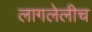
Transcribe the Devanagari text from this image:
लागलेलीच